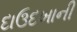
દાઉદખાની